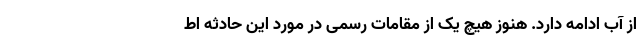
از آب ادامه دارد. هنوز هیچ یک از مقامات رسمی در مورد این حادثه اط